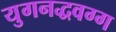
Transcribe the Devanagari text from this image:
युगनद्धवग्ग